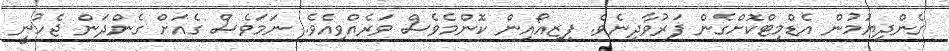
ގެންދިޔުމުން އެޑްމިޓްކޮށްގެން ފަރުވާދިނެވެ. ފިޒިއޯއިން ކޮންމެވެސް ވަރެއްވިއެވެ. ނަމަވެސް ގެއަށް ގެންދަން ޖެހުނީ